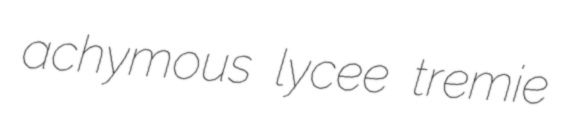
achymous lycee tremie